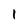
Character: 1